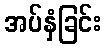
အပ်နှံခြင်း